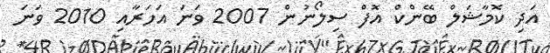
އަދި ކޮމާޝަލް ބޭންކް އޮފް ސިލޯނުން 2007 ވަނަ އަހަރާއި 2010 ވަނަ